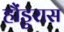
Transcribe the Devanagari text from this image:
हौंडुरास